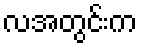
လအတွင်းက